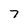
Character: 7